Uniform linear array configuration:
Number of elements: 8
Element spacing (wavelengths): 0.25
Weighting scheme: hann
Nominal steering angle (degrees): -60
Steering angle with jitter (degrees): -61.461
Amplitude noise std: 0.05
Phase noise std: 0.05

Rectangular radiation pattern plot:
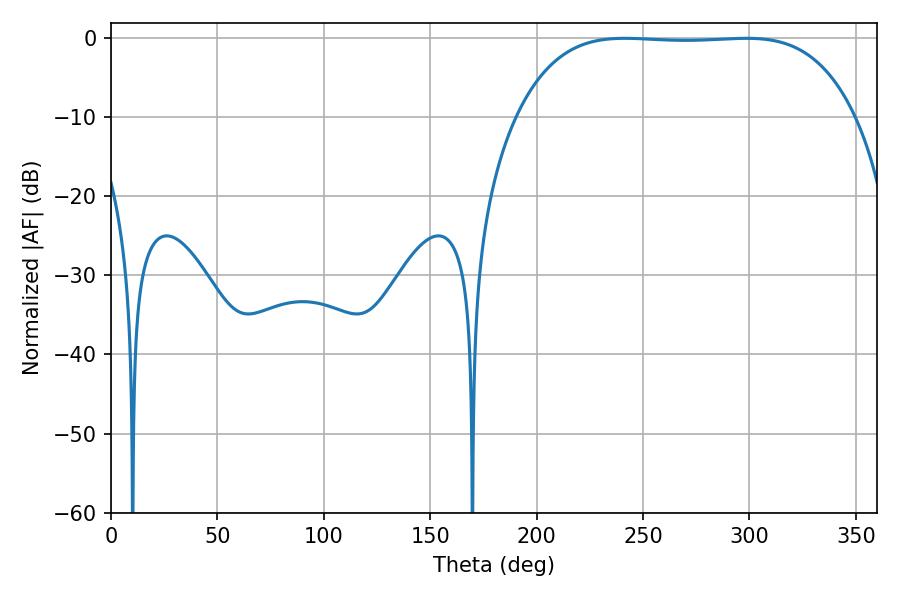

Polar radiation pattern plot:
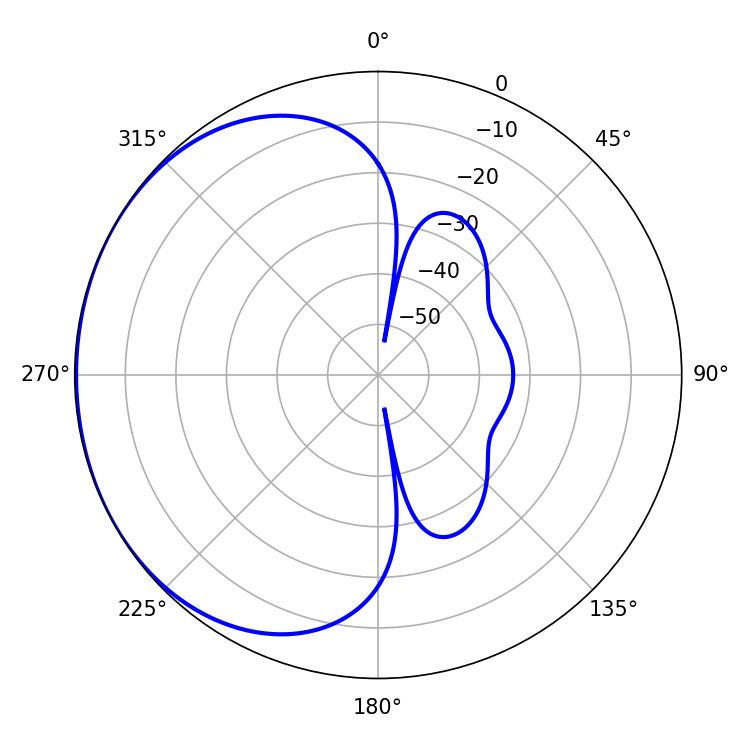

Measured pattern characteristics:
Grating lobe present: FALSE
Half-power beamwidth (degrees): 123.48
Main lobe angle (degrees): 241.38